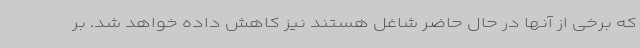
که برخی از آنها در حال حاضر شاغل هستند نیز کاهش داده خواهد شد. بر